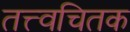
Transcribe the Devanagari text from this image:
तत्त्वचितक